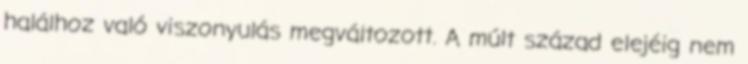
halálhoz való viszonyulás megváltozott. A múlt század elejéig nem